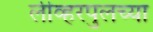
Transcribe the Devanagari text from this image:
लीव्हरपुलच्या